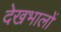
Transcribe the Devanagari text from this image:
देखभालों